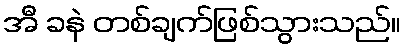
အီ ခနဲ တစ်ချက်ဖြစ်သွားသည်။